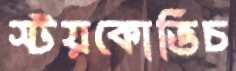
স্টয়কোভিচ